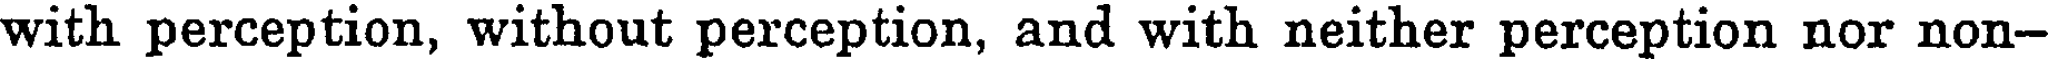
with perception, without perception, and with neither perception nor non-